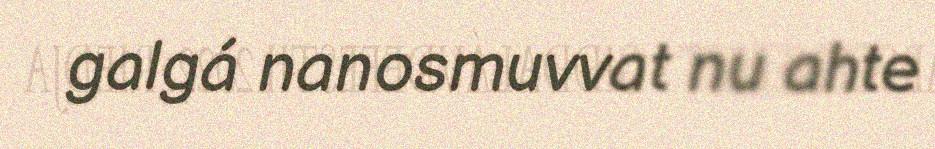
galgá nanosmuvvat nu ahte